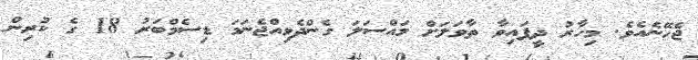
ޖެހޭނެއެވެ. މިހާރު ދީފައިވާ ތާވަލަށް މައްސަލަ ގެންދެވިއްޖެނަމަ ޑިސެމްބަރު 18 ގެ ކުރިން